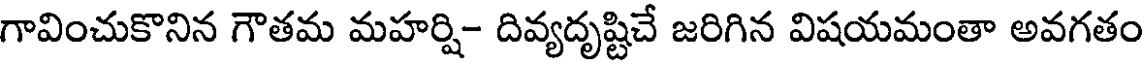
గావించుకొనిన గౌతమ మహర్షి- దివ్యదృష్టిచే జరిగిన విషయమంతా అవగతం